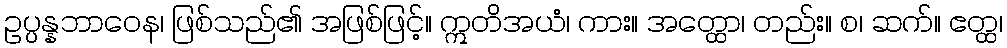
ဥပ္ပန္နဘာဝေန၊ ဖြစ်သည်၏ အဖြစ်ဖြင့်။ ဣတိအယံ၊ ကား။ အတ္ထော၊ တည်း။ စ၊ ဆက်။ ဧတ္ထ၊